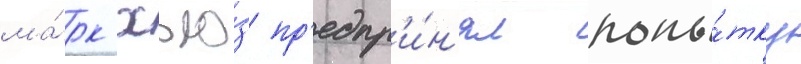
ма́рк хью́з пр'едпр'и́н'ял попы́тку